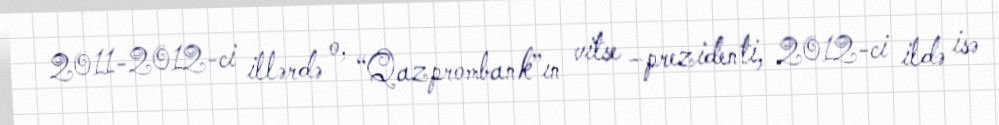
2011-2012-ci illərdə o, “Qazprombank”ın vitse –prezidenti, 2012-ci ildə isə